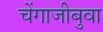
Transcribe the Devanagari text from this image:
चेंगाजीबुवा